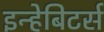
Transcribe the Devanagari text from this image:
इन्हेबिटर्स